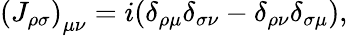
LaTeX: \left({J_{\rho\sigma}}\right)_{\mu\nu}=i(\delta_{\rho\mu}\delta_{\sigma\nu}-\delta_{\rho\nu}\delta_{\sigma\mu}),